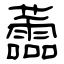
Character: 蘦